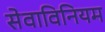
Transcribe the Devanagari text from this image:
सेवाविनियम